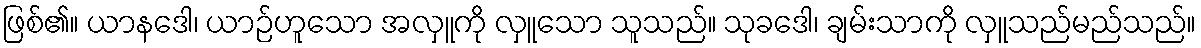
ဖြစ်၏။ ယာနဒေါ၊ ယာဉ်ဟူသော အလှူကို လှူသော သူသည်။ သုခဒေါ၊ ချမ်းသာကို လှူသည်မည်သည်။